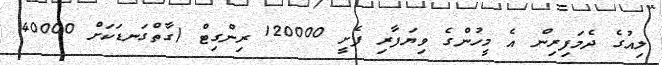
ލިއުގެ ދެމަފިރިން އެ މީހުންގެ ވިޔަފާރި ފެށީ 120000 ރިންގިޓް (ގާތްގަނޑަކަށް 40000